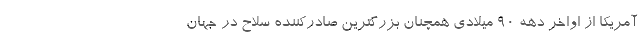
آمریکا از اواخر دهه ۹۰ میلادی همچنان بزرگترین صادرکننده سلاح در جهان